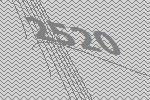
2520